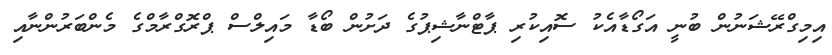
އިމިގްރޭޝަނުން ބުނީ އަގޯޑާއެކު ސޮއިކުރި ޕާޓްނާޝިޕުގެ ދަށުން ބޯޑާ މައިލްސް ޕްރޮގްރާމްގެ މެންބަރުންނާއި